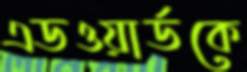
এডওয়ার্ডকে